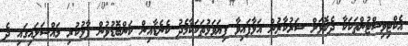
އެކްޓިވިސްޓުންތަކަކާ ދެކޮޅަށް ސަރުކާރުން އަޅާފައިވާ ފިޔަވަޅުތަކަކާމެދު ކެނެޑާއިން ކަންބޮޑުވުން ފާޅުކުރި މައްސަލައިގައި ދެ